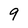
Character: 9